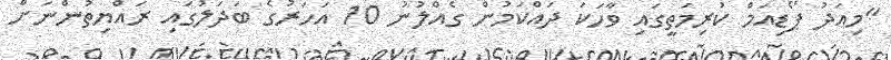
"މިއަދު ޕޯޑިއަމް ކުރިމަތީގައި ވާހަކަ ދައްކަމުން ގެއްލުނު 10 އަހަރުގެ ބަދަލުގައި ރައްޔިތުންނަށް